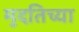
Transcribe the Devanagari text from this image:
मुदतिच्या